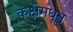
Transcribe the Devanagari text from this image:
कक्षेमधून